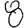
Digit: 8